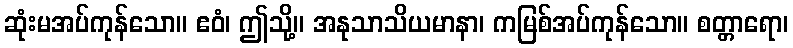
ဆုံးမအပ်ကုန်သော။ ဧဝံ၊ ဤသို့။ အနုသာသိယမာနာ၊ ကမြစ်အပ်ကုန်သော။ စတ္တာရော၊